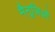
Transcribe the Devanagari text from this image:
मैनूज़िओ